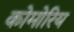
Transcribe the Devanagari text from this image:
कोमोरिय